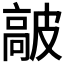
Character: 𩫋